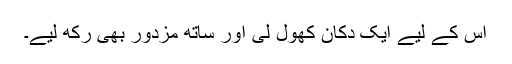
اس کے لیے ایک دکان کھول لی اور ساتھ مزدور بھی رکھ لیے۔